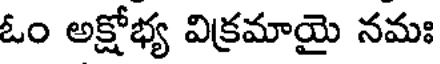
ఓం అక్షోభ్య విక్రమాయై నమః